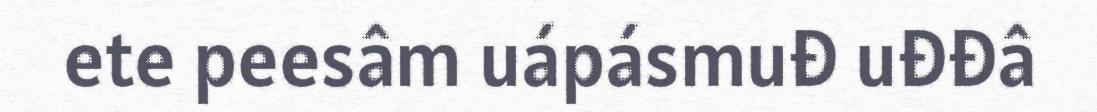
ete peesâm uápásmuđ uđđâ